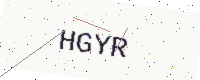
Text: HGYR